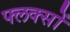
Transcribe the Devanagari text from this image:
फ्लक्सों